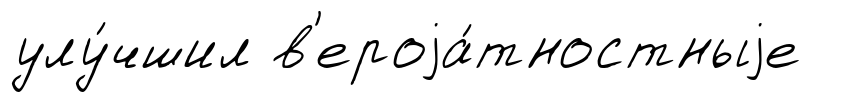
улу́чшил в'ероjа́тностныjе